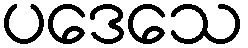
ပဒေသေ